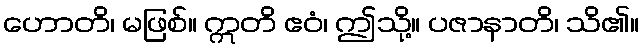
ဟောတိ၊ မဖြစ်။ ဣတိ ဧဝံ၊ ဤသို့။ ပဇာနာတိ၊ သိ၏။